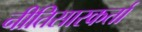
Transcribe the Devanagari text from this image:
नीतिसारकर्ता